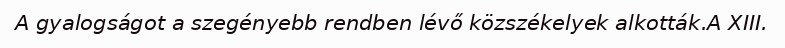
A gyalogságot a szegényebb rendben lévő közszékelyek alkották.A XIII.